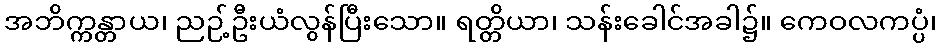
အဘိက္ကန္တာယ၊ ညဉ့်ဦးယံလွန်ပြီးသော။ ရတ္တိယာ၊ သန်းခေါင်အခါ၌။ ကေဝလကပ္ပံ၊